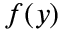
f ( y )